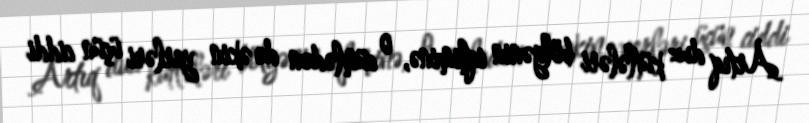
Artıq duz kütlələri bölgənin iqliminə, o cümlədən də əkin yerləri üçün ciddi